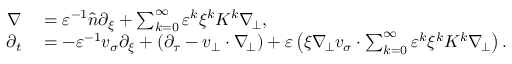
\begin{array} { r l } { \nabla } & { { } = \varepsilon ^ { - 1 } \widehat { n } \partial _ { \xi } + \sum _ { k = 0 } ^ { \infty } \varepsilon ^ { k } \xi ^ { k } K ^ { k } \nabla _ { \! \bot } , } \\ { \partial _ { t } } & { { } = - \varepsilon ^ { - 1 } v _ { \sigma } \partial _ { \xi } + ( \partial _ { \tau } - v _ { \bot } \cdot \nabla _ { \! \bot } ) + \varepsilon \left( \xi \nabla _ { \! \bot } v _ { \sigma } \cdot \sum _ { k = 0 } ^ { \infty } \varepsilon ^ { k } \xi ^ { k } K ^ { k } \nabla _ { \! \bot } \right) . } \end{array}